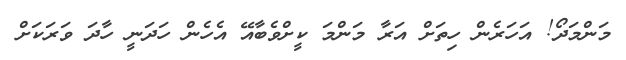
މަންމަދޯ! އަހަރެން ހިތަށް އަރާ މަންމަ ކީށްވެބާއޭ އެހެން ހަދަނީ ހާދަ ވަރަކަށް